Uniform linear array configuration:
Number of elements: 48
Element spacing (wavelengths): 1
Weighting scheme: kaiser
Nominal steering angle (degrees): -30
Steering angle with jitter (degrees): -28.462
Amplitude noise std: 0.05
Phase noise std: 0.05

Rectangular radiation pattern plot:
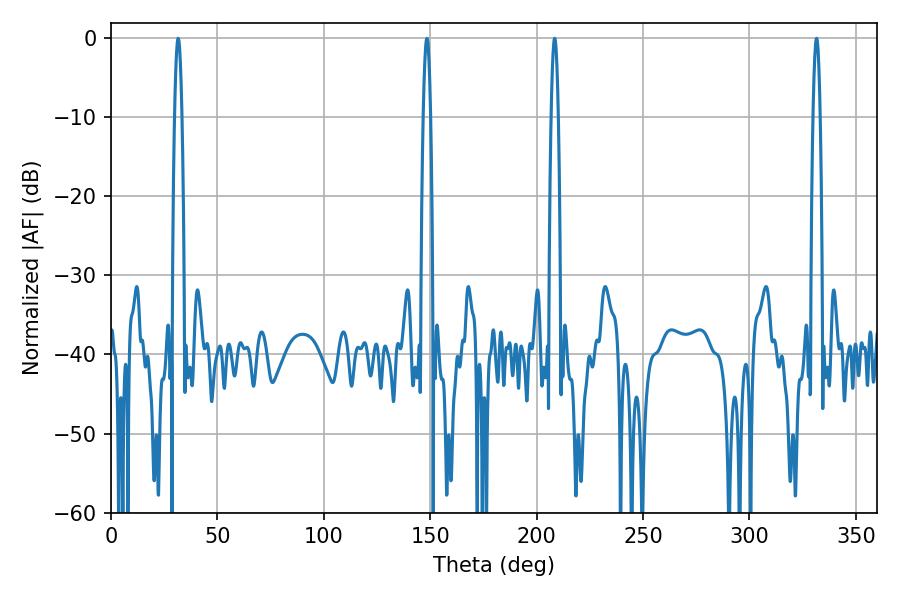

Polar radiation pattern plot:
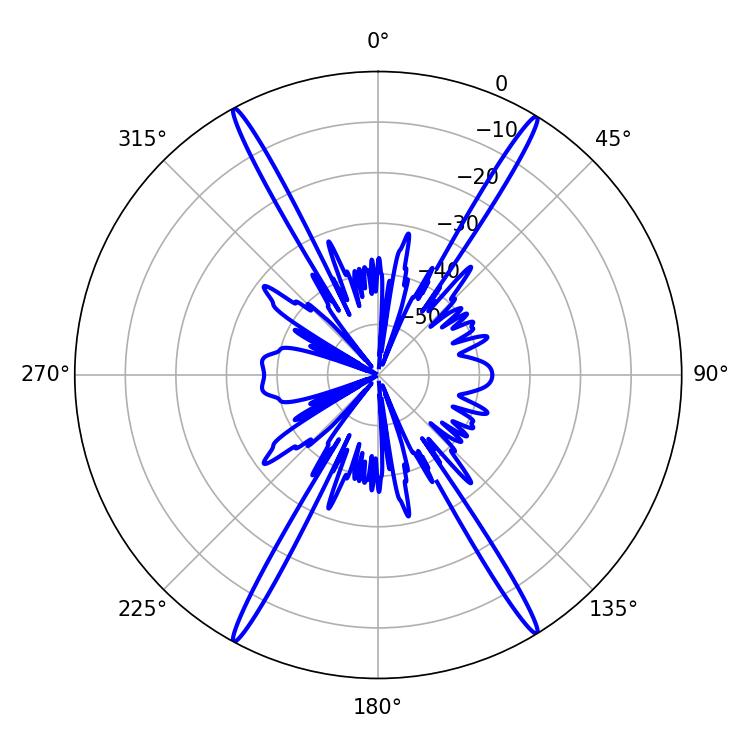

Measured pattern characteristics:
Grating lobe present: TRUE
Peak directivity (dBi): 26.506
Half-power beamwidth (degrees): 1.8
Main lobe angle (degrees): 208.44